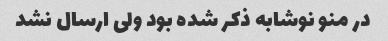
در منو نوشابه ذکر شده بود ولی ارسال نشد